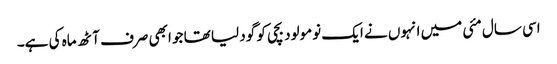
اسی سال مئی میں انہوں نے ایک نومولود بچی کو گود لیا تھا جو ابھی صرف آٹھ ماہ کی ہے۔